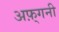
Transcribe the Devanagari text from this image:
अफ़्गनी